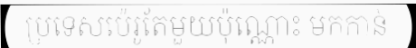
ប្រទេសប៉េរូតែមួយប៉ុណ្ណោះ មកកាន់